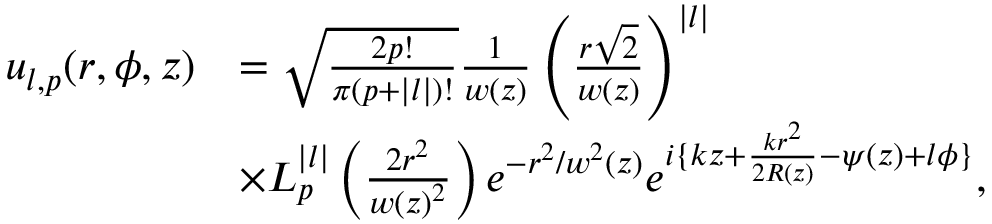
\begin{array} { r l } { u _ { l , p } ( r , \phi , z ) } & { = \sqrt { \frac { 2 p ! } { \pi ( p + | l | ) ! } } \frac { 1 } { w ( z ) } \left( \frac { r \sqrt { 2 } } { w ( z ) } \right) ^ { | l | } } \\ & { { \times } L _ { p } ^ { | l | } \left( \frac { 2 r ^ { 2 } } { { w ( z ) } ^ { 2 } } \right) e ^ { - r ^ { 2 } / { w ^ { 2 } ( z ) } } e ^ { i \{ k z + \frac { k r ^ { 2 } } { 2 R ( z ) } - \psi ( z ) + l \phi \} } , } \end{array}